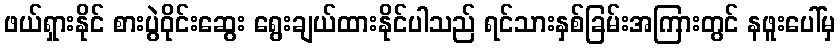
ဖယ်ရှားနိုင် စားပွဲဝိုင်းဆွေး ရွေးချယ်ထားနိုင်ပါသည် ရင်သားနှစ်ခြမ်းအကြားတွင် နဖူးပေါ်မှ